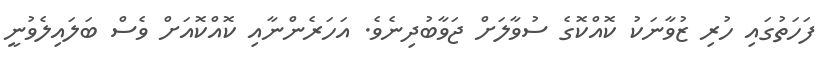
ފަހަތުގައި ހުރި ޒުވާނަކު ކޮއްކޮގެ ސުވާލަށް ޖަވާބުދިނެވެ. އަހަރެންނާއި ކޮއްކޮއަށް ވެސް ބަލައިލެވުނީ